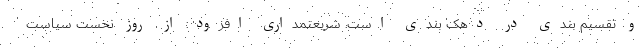
و تقسیم بندی در دهک بندی است. شریعتمداری افزود: از روز نخست سیاست